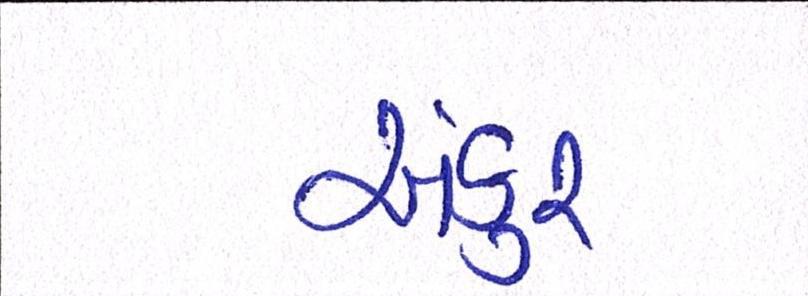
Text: અંકુર